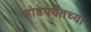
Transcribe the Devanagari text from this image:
मोडेपर्यंतच्या